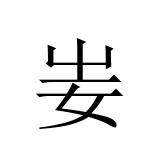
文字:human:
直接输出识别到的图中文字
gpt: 妛